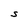
Character: S